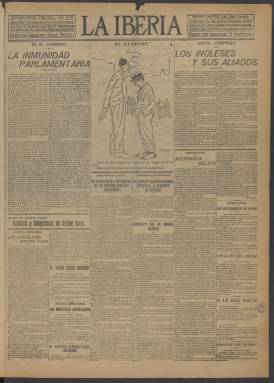
Título: La Iberia (Madrid)
Colección: Periódicos
Ámbito geográfico: Madrid
Lugar de publicación: Madrid
Fechas: 04/06/1918-31/12/1918